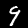
Label: 9